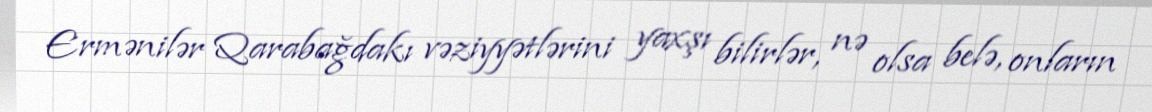
Ermənilər Qarabağdakı vəziyyətlərini yaxşı bilirlər, nə olsa belə, onların